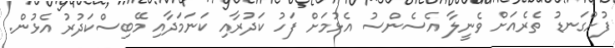
ފުށްގަނޑު ތެރެއަށް ވެނީލާ އެސެންސު އެޅުމަށް ފަހު ކަދުރާއި ކަނަމަދާއި މޭބިސްކަދުރު އެޅުން.